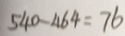
5 4 0 - 4 6 4 = 7 6